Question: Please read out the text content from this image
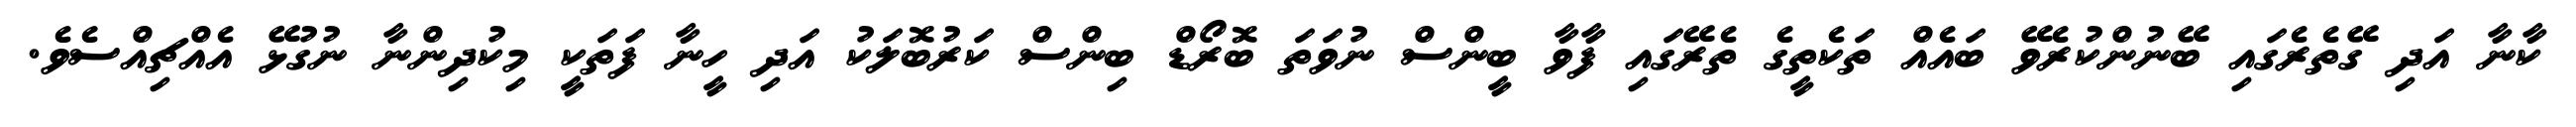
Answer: ކާނާ އަދި ގޭތެރެގައި ބޭނުންކުރެވޭ ބައެއް ތަކެތީގެ ތެރޭގައި ފާވާ ބީންސް ނުވަތަ ބޮރޯޑް ބިންސް ކަރުބޮލަކު އަދި ހީނާ ފަތަކީ މިކުދިންނާ ނުގުޅޭ އެއްޗިއްސެވެ.